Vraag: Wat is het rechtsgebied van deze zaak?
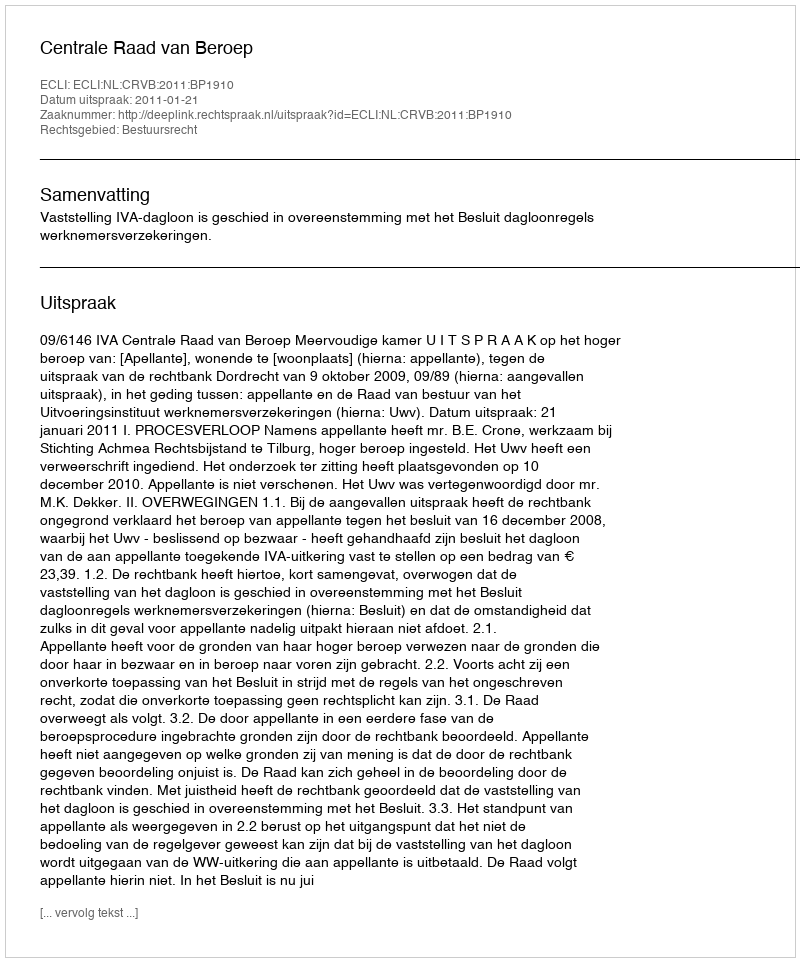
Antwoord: Bestuursrecht